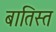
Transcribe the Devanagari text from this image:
बातिस्त